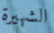
الشهيرة